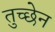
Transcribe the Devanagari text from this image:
तुच्छेन